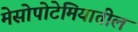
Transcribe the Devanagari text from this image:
मेसोपोटेमियातील